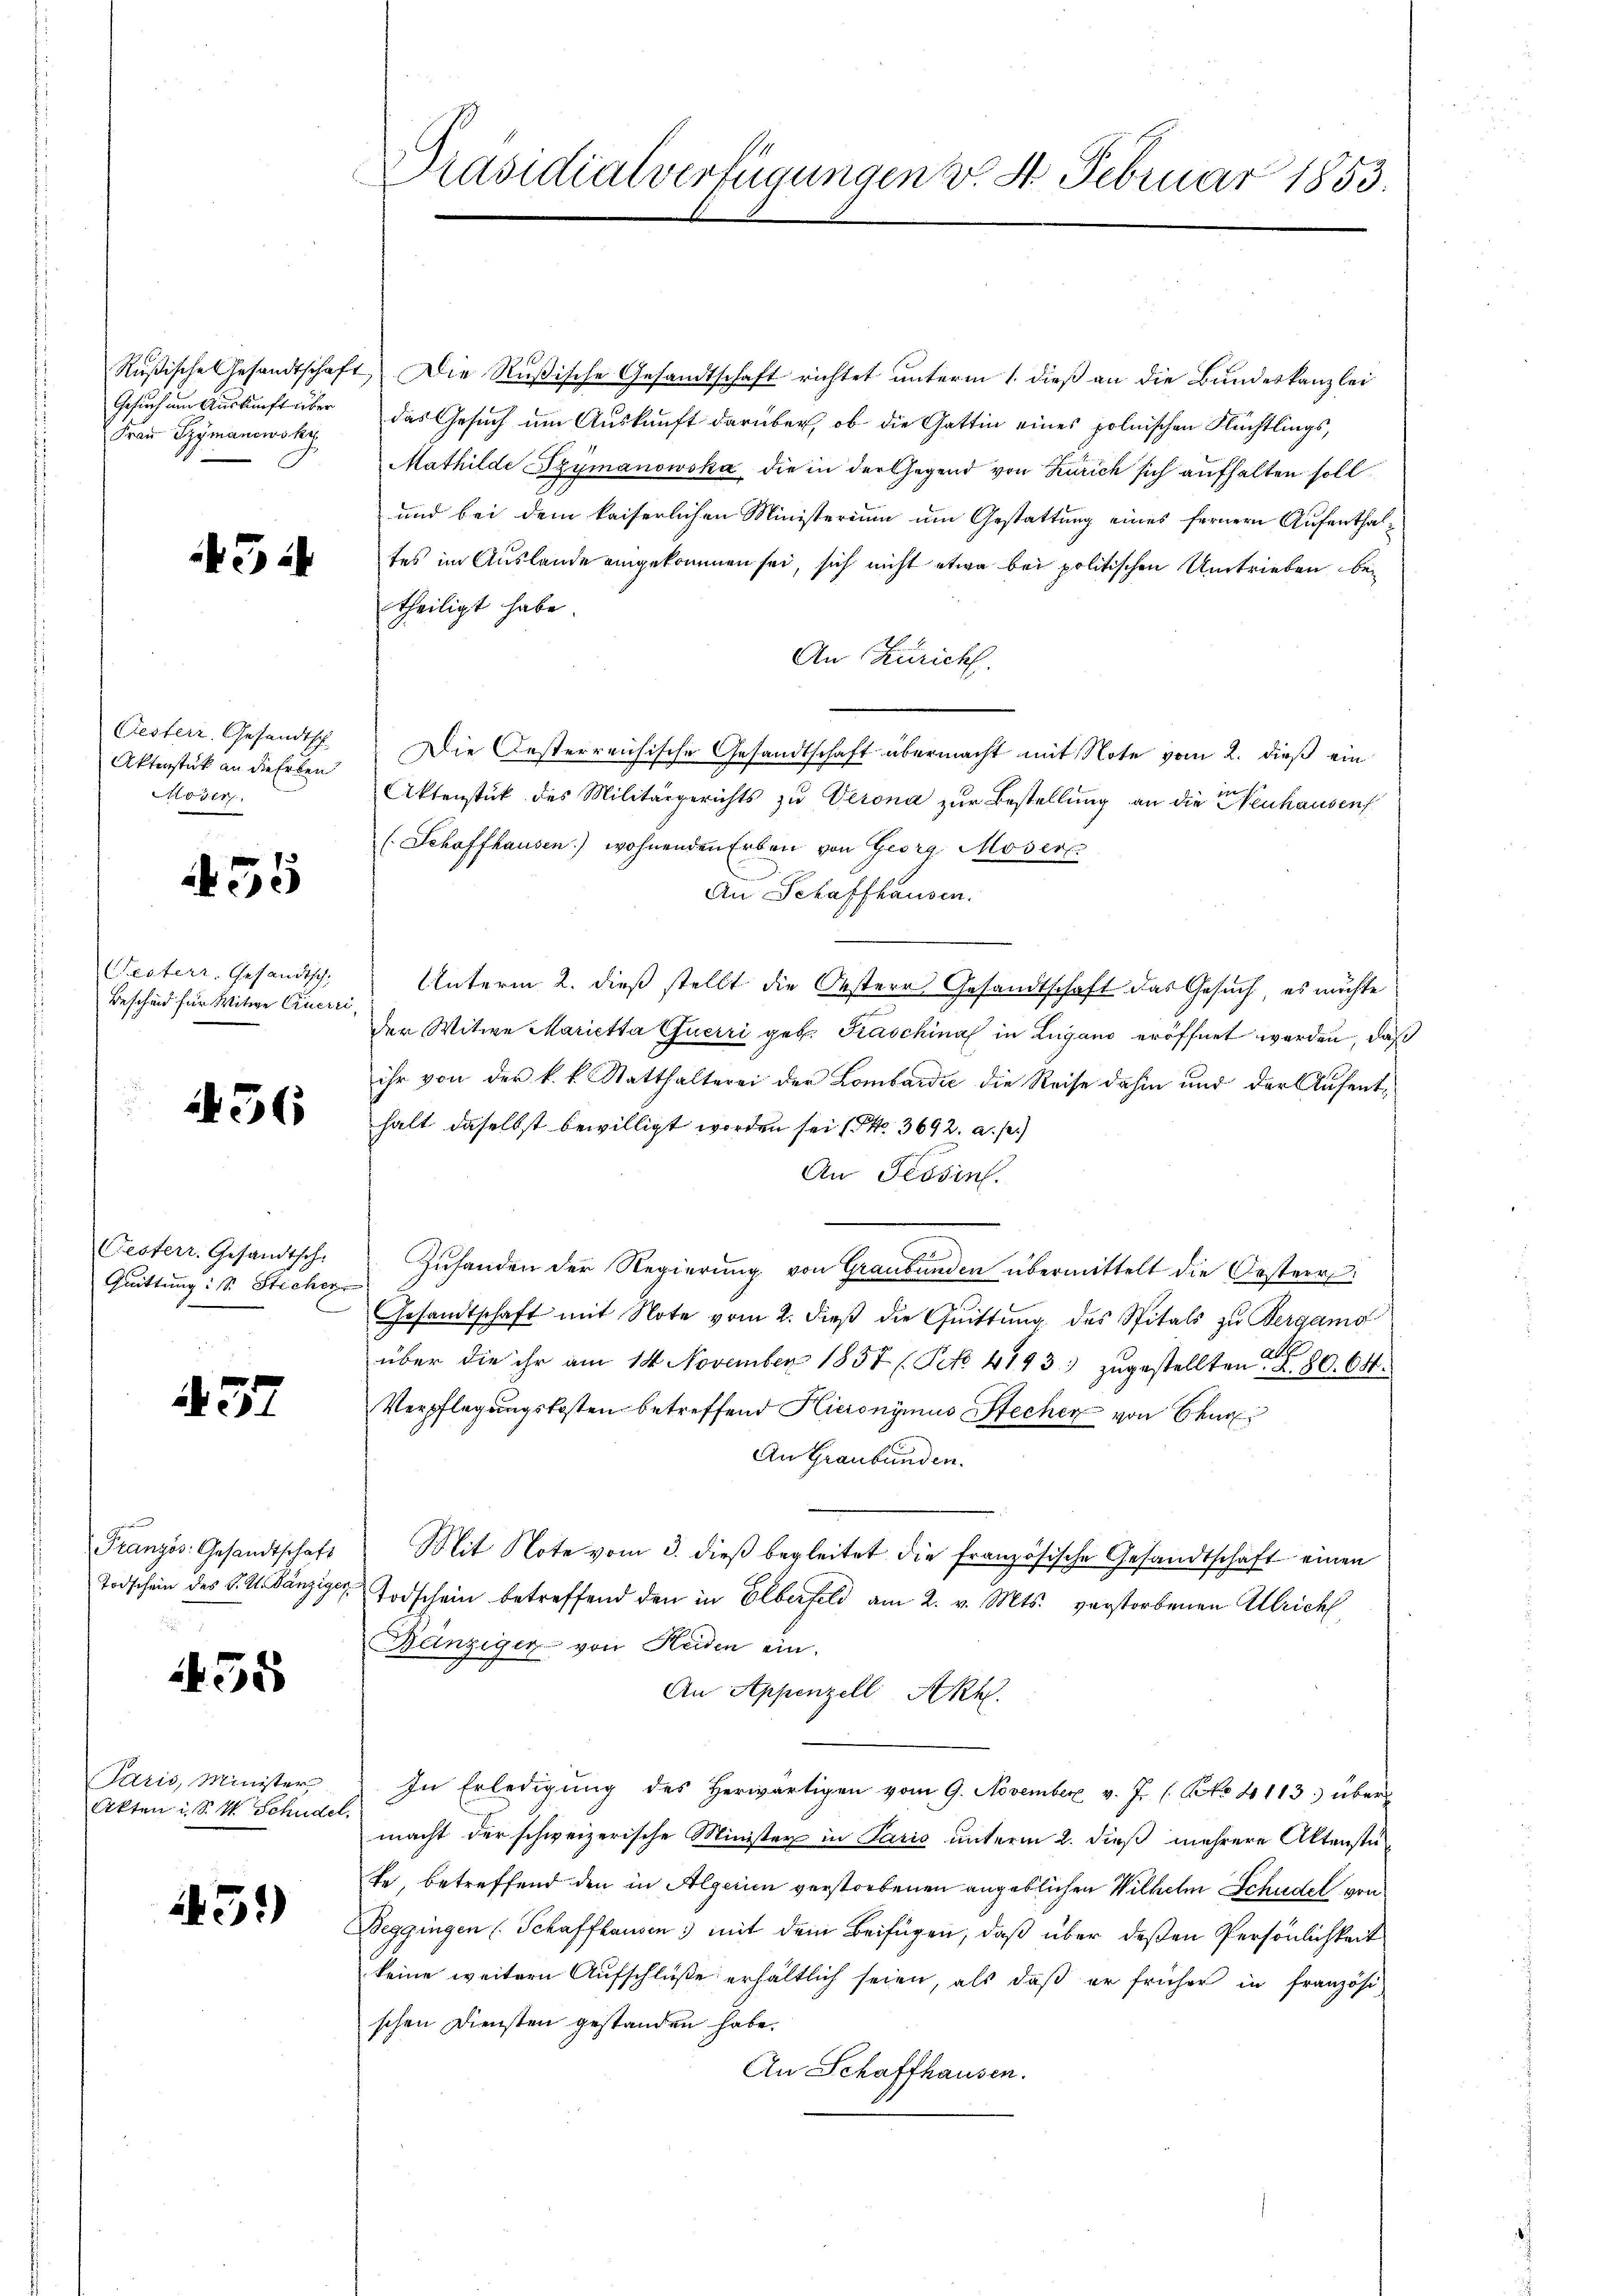
Gesuch um Auskunft über
Frau Szymanowsky

434

Oesterr. Gesandtsch
Aktenstück an die Erben
Moser

55

Festerr. Gesandtsch-
Bescheid für Witwe Cruerii

36

Oesterr. Gesandtsch.
Quittung ist. Sticher
C

437

Französ. Gesandtschaft

55

Paris, Minister
Akten i. S. M. Schudel.

45)

Präsidialverfügungen v. 4. Februar 1853.

Rußische Gesandtschaft Die Rußische Gesandtschaft richtet unterm 1. dieß an die Bundeskanzlei
das Gesuch um Auskunft darüber, ob die Gattin eines polnischen Flüchtlings,
Mathilde Szymanowska die in der Gegend von Zürich sich aufhalten soll.
und bei dem kaiserlichen Ministerium um Gestattung eines fernere Aufenthaltes im Auslande eingekommen sei, sich nicht etwa bei politischen Umtrieben bei
theiligt habe.
An Zürich.
Die Oesterreichische Gesandtschaft übermacht mit Note vom 2. dieß ein
Aktenstück des Militärgerichts zu Verona zur Bestellung an die Neuhausen
(Schaffhausen) wohnenden Erben von Georg Moser
An Schaffhausen.
Unterm 2. dieß stellt die Oestere Gesandtschaft das Gesuch, es möchte
e
der Witwe Marietta Guerri geb. Kraschina in Lugano eröffnet werden, daß
ihr von der k. k. Statthalterei der Lombardić die Reise dahin und der Aufenthalt daselbst bewilligt worden sei No 3692. a. p.)
An Tessin.
Zuhanden der Regierung von Graubünden übermittelt die Oesterr
Gesandtschaft mit Note vom 2. dieß die Quittung des Spitals zu Bergang
über die ihr am 14. November 1857 (Pct. 4193 zugestellten. 80. 64
Verpflegungskosten betreffend Hieronymus Stecher von Char
An Graubünden.
Mit Note vom 3. dieß begleitet die französische Gesandtschaft einen
Todschein des K. A. Bänzige Todschein betreffend den in Elberfeld am 2. v. Mts. verstorbenen Ulrich
Bänziger von Heiden ein.
An Appenzell Akk.
In Erledigŭng des herwärtigen vom 9. November v. J. ( No 4113) über
macht der schweizerische Minister in Paris unterm 2. dieß mehrere Aktenstute, betreffend den in Algerien verstorbenen angeblichen Wilhelm Schudel von
Beggingen (Schaffhausen, mit dem Beifügen, daß über deßen Persönlichkeit
keine weitern Aufschlüße erhältlich seien, als daß er früher in französischen Diensten gestanden habe.
An Schaffhausen.